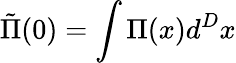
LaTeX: \tilde{\Pi}(0)=\int\Pi(x)d^{D}x